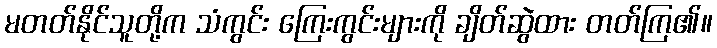
မတတ်နိုင်သူတို့က သံကွင်း ကြေးကွင်းများကို ချိတ်ဆွဲထား တတ်ကြ၏။